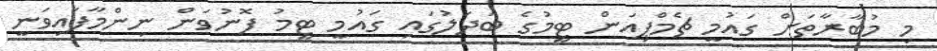
މި މުބާރާތަށް ގައުމީ ޗެމްޕިއަން ޓީމުގެ ބަދަލުގައި ގައުމީ ޓީމު ފޮނުވަން ނިންމާފައިވަނީ